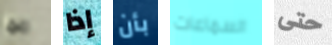
ربما إذا بأن السماعات حتى